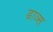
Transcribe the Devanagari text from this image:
डाव्स